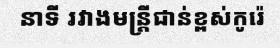
នាទី រវាងមន្ត្រីជាន់ខ្ពស់កូរ៉េ